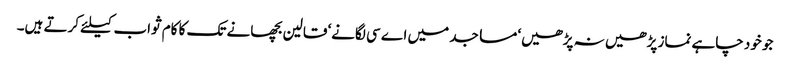
جو خود چاہے نماز پڑھیں نہ پڑھیں‘ مساجد میں اے سی لگانے‘ قالین بچھانے تک کا کام ثواب کیلئے کرتے ہیں۔